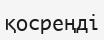
қосреңді